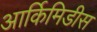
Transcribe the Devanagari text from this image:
आर्किमिडीस